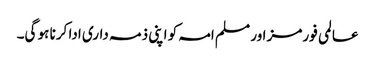
عالمی فورمز اور مسلم امہ کو اپنی ذمہ داری ادا کرنا ہو گی۔